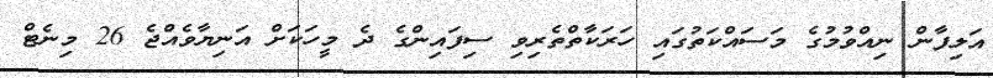
އަލިފާން ނިއްވުމުގެ މަސައްކަތުގައި ހަރަކާތްތެރިވި ސިފައިންގެ ދެ މީހަކަށް އަނިޔާވެއްޖެ 26 މިނެޓް